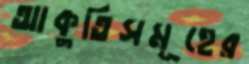
আকুতিসমূহের